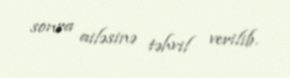
sonra ailəsinə təhvil verilib.